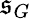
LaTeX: \mathfrak{s}_{G}